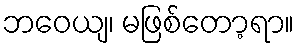
ဘဝေယျ၊ မဖြစ်တော့ရာ။